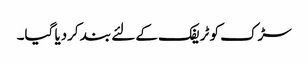
سڑک کو ٹریفک کے لئے بند کردیا گیا۔